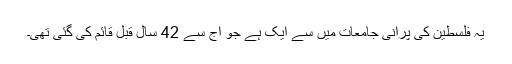
یہ فلسطین کی پرانی جامعات میں سے ایک ہے جو آج سے 42 سال قبل قائم کی گئی تھی۔